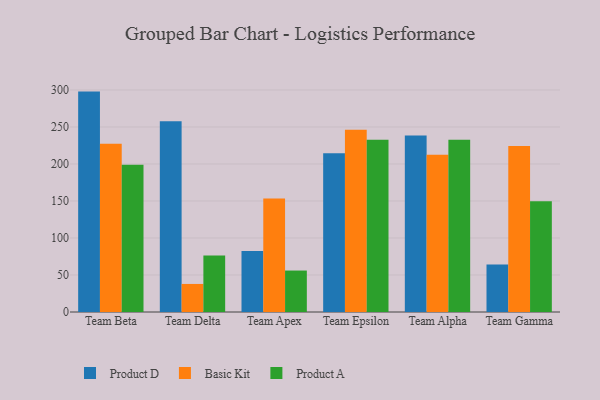
{"axis": {"x": "Team", "y": "Humidity (%)"}, "legend": ["Basic Kit", "Product A", "Product D"], "data": [{"x": "Team Beta", "y": 297.8, "type": "Product D"}, {"x": "Team Beta", "y": 227.4, "type": "Basic Kit"}, {"x": "Team Beta", "y": 198.9, "type": "Product A"}, {"x": "Team Delta", "y": 257.8, "type": "Product D"}, {"x": "Team Delta", "y": 37.9, "type": "Basic Kit"}, {"x": "Team Delta", "y": 76.2, "type": "Product A"}, {"x": "Team Apex", "y": 82.5, "type": "Product D"}, {"x": "Team Apex", "y": 153.2, "type": "Basic Kit"}, {"x": "Team Apex", "y": 56.0, "type": "Product A"}, {"x": "Team Epsilon", "y": 214.6, "type": "Product D"}, {"x": "Team Epsilon", "y": 246.2, "type": "Basic Kit"}, {"x": "Team Epsilon", "y": 232.7, "type": "Product A"}, {"x": "Team Alpha", "y": 238.6, "type": "Product D"}, {"x": "Team Alpha", "y": 212.4, "type": "Basic Kit"}, {"x": "Team Alpha", "y": 232.9, "type": "Product A"}, {"x": "Team Gamma", "y": 64.2, "type": "Product D"}, {"x": "Team Gamma", "y": 224.4, "type": "Basic Kit"}, {"x": "Team Gamma", "y": 149.6, "type": "Product A"}]}